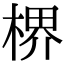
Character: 楐